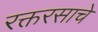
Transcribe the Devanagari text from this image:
रक्तरसाचे